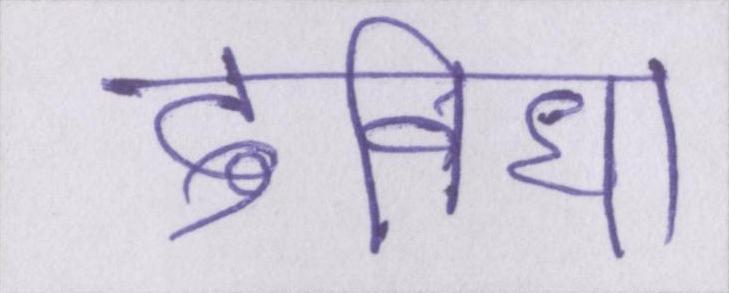
दुविधा